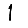
Digit: 1